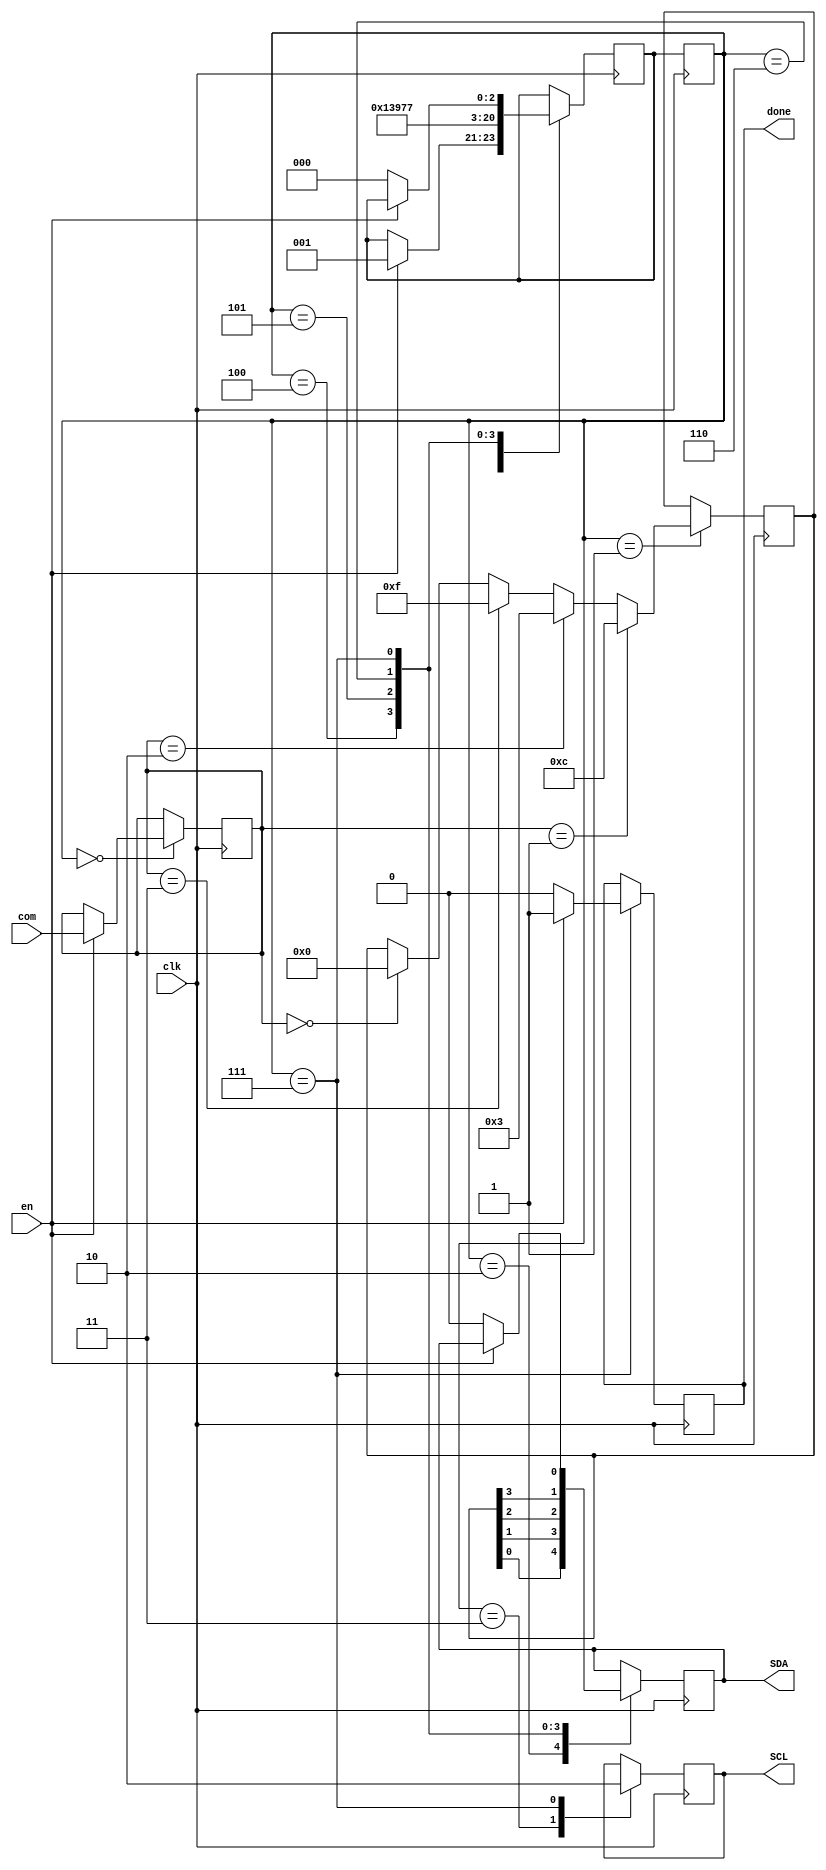
module task_controller(clk, com, en, done, SDA, SCL);

input clk, en;
input [1:0]com;

output reg done, SDA, SCL;

//reg [5:0] SCL_bits;
reg [3:0] SDA_bits;
reg [1:0] com_store;
parameter RISE = 4'b1100, FALL = 4'b0011, ONE = 4'b1111, ZERO = 4'b0000;



reg [2:0] CS;
reg [2:0] NS;

always@(posedge clk) begin
		CS <= NS;
		
		case(CS)
			3'd0:
				begin
					
					if(en == 1'b1)begin
						com_store <= com;
						NS <= 3'd1;
					end
				end
			3'd1:
				begin
					if(com_store == 2'b00) begin
						SDA_bits <= ZERO;
					end
					if(com_store == 2'b11) begin
						SDA_bits <= ONE;
					end
					if(com_store == 2'b10) begin
						SDA_bits <= FALL;
					end
					if(com_store == 2'b01) begin
						SDA_bits <= RISE;
					end
					
					NS <= 3'd2;
				end
			3'd2://set SDA start
				begin
					SDA <= SDA_bits[0];
					NS <= 3'd3;
				end
			3'd3://start SCL read
				begin
					SCL <= 1'b1;
					NS <= 3'd4;
				end
			3'd4:
				begin
					SDA <= SDA_bits[1];
					NS <= 3'd5;
				end
			3'd5:
				begin
					SDA <= SDA_bits[2];
					NS <= 3'd6;
				end
			3'd6:
				begin
					SDA <= SDA_bits[3];
					NS <= 3'd7;
				end
			3'd7:
				begin
					SCL <= 1'b0;
					done <= 1'b1;
					
					if(en == 1'b0) begin
						SDA <= 1'b0;
						done <= 1'b0;
						NS <= 3'd0;
					end
				end
		endcase
end

endmodule